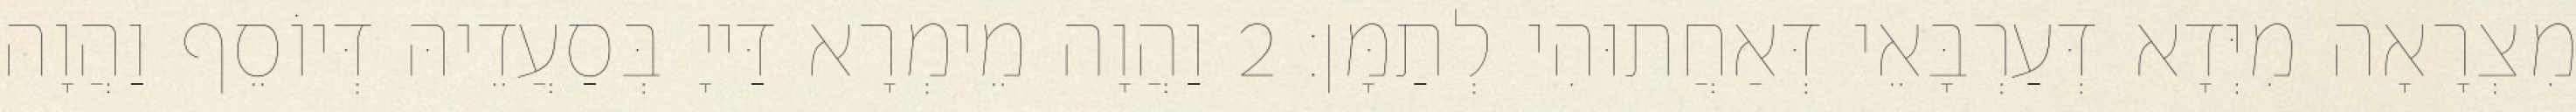
מִצְרָאָה מִיְּדָא דְּעַרְבָּאֵי דְּאַחֲתוּהִי לְתַמָּן׃ 2 וַהֲוָה מֵימְרָא דַּייָ בְּסַעֲדֵיהּ דְּיוֹסֵף וַהֲוָה